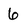
Character: 6